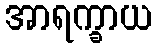
အာရက္ခာယ